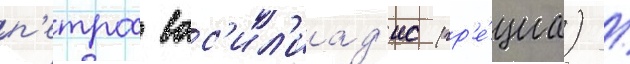
п'етрос вас'ил'иад'ис (гр'е́циа) /